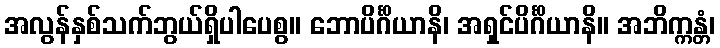
အလွန်နှစ်သက်ဘွယ်ရှိပါပေစွ။ ဘောပိင်္ဂိယာနိ၊ အရှင်ပိင်္ဂိယာနိ။ အဘိက္ကန္တံ၊